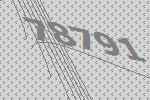
78791